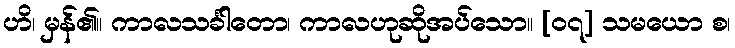
ဟိ၊ မှန်၏။ ကာလသင်္ခါတော၊ ကာလဟုဆိုအပ်သော။ [၀၇] သမယော စ၊